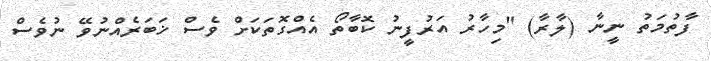
ފާތުމަތު ނީނާ (ލާރާ) "މިހާރު އަރުފީނު ކޮބާތޯ އެއްގޮތަކަށް ވެސް ޚަބަރެއްނުވޭ ނުވެސް